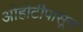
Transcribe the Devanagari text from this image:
ओहोटीपासून